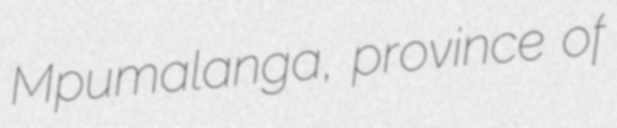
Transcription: Mpumalanga, province of